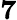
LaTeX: \mathbf 7